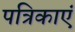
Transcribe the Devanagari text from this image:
पत्रिकाएं